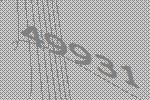
49931